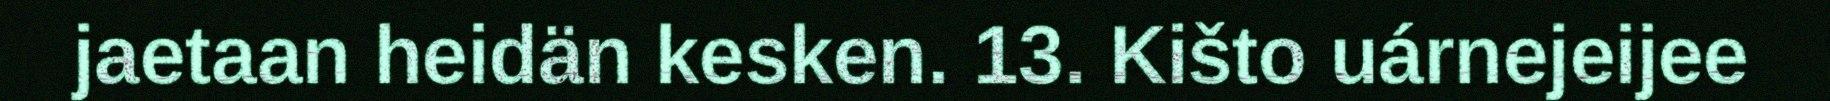
jaetaan heidän kesken. 13. Kišto uárnejeijee